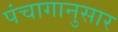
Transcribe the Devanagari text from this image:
पंंचागानुसार